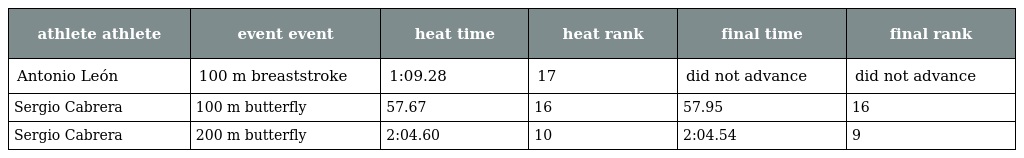
| athlete athlete | event event | heat time | heat rank | final time | final rank |
 | --- | --- | --- | --- | --- | --- |
 | Antonio León | 100 m breaststroke | 1:09.28 | 17 | did not advance | did not advance |
 | Sergio Cabrera | 100 m butterfly | 57.67 | 16 | 57.95 | 16 |
 | Sergio Cabrera | 200 m butterfly | 2:04.60 | 10 | 2:04.54 | 9 |